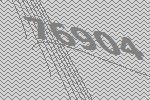
76904